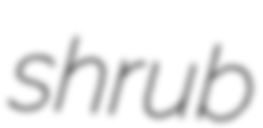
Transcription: shrub